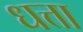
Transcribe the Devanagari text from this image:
धत्ता